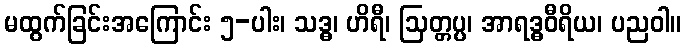
မထွက်ခြင်းအကြောင်း ၅-ပါး၊ သဒ္ဓ၊ ဟိရီ၊ ဩတ္တပ္ပ၊ အာရဒ္ဓဝီရိယ၊ ပညဝါ။